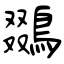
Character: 鵽